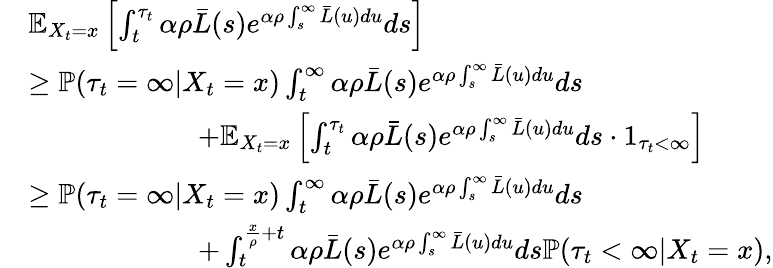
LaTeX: \begin{array}{rl}&{\mathbb{E}_{X_{t}=x}\left[\int_{t}^{\tau_{t}}\alpha\rho\bar{L}(s)e^{\alpha\rho\int_{s}^{\infty}\bar{L}(u)du}ds\right]}\\ &{\geq\mathbb{P}(\tau_{t}=\infty|X_{t}=x)\int_{t}^{\infty}\alpha\rho\bar{L}(s)e^{\alpha\rho\int_{s}^{\infty}\bar{L}(u)du}ds}\\ &{\qquad\qquad\qquad+\mathbb{E}_{X_{t}=x}\left[\int_{t}^{\tau_{t}}\alpha\rho\bar{L}(s)e^{\alpha\rho\int_{s}^{\infty}\bar{L}(u)du}ds\cdot 1_{\tau_{t}<\infty}\right]}\\ &{\geq\mathbb{P}(\tau_{t}=\infty|X_{t}=x)\int_{t}^{\infty}\alpha\rho\bar{L}(s)e^{\alpha\rho\int_{s}^{\infty}\bar{L}(u)du}ds}\\ &{\qquad\qquad\qquad+\int_{t}^{\frac{x}{\rho}+t}\alpha\rho\bar{L}(s)e^{\alpha\rho\int_{s}^{\infty}\bar{L}(u)du}ds\mathbb{P}(\tau_{t}<\infty|X_{t}=x),}\end{array}